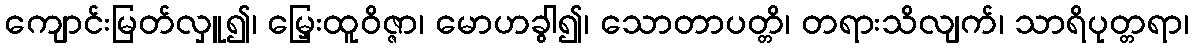
ကျောင်းမြတ်လှူ၍၊ မြှေးထူဝိဇ္ဇာ၊ မောဟခွါ၍၊ သောတာပတ္တိ၊ တရားသိလျက်၊ သာရိပုတ္တရာ၊